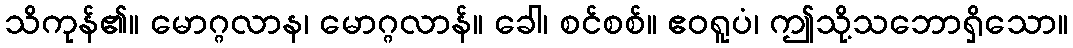
သိကုန်၏။ မောဂ္ဂလာန၊ မောဂ္ဂလာန်။ ခေါ၊ စင်စစ်။ ဧဝရူပံ၊ ဤသို့သဘောရှိသော။